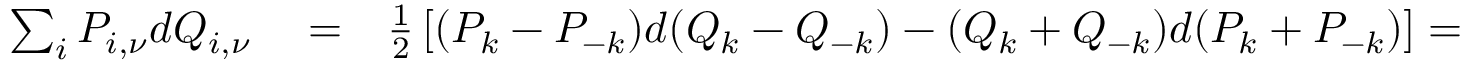
\begin{array} { r l r } { \sum _ { i } P _ { i , \nu } d Q _ { i , \nu } } & { { } = } & { \frac { 1 } { 2 } \left[ ( P _ { k } - P _ { - k } ) d ( Q _ { k } - Q _ { - k } ) - ( Q _ { k } + Q _ { - k } ) d ( P _ { k } + P _ { - k } ) \right] = } \end{array}